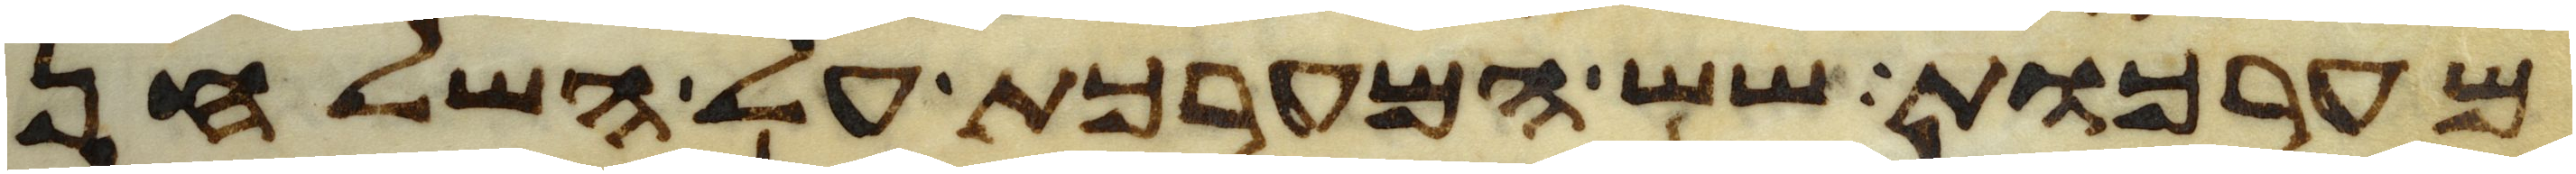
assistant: מערכות שש המערכת על השלחן